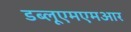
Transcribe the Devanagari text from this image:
डब्लूएमएमआर